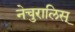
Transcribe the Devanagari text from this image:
नेचुरालिस्